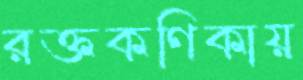
রক্তকণিকায়